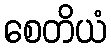
စေတိယံ